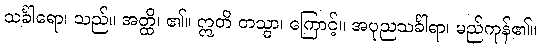
သင်္ခါရော၊ သည်။ အတ္ထိ၊ ၏။ ဣတိ တသ္မာ၊ ကြောင့်။ အပုညသင်္ခါရာ၊ မည်ကုန်၏။